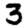
Digit: 3